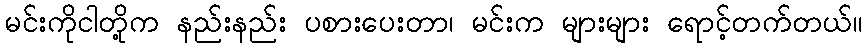
မင်းကိုငါတို့က နည်းနည်း ပစားပေးတာ၊ မင်းက များများ ရောင့်တက်တယ်။